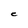
Character: C